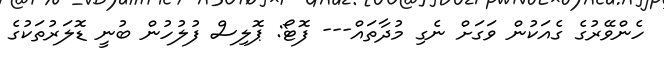
ހެންވޭރުގެ ގެއަކުން ވަގަށް ނެގި މުދާތައް--- ފޮޓޯ: ޕޮލިސް ފުލުހުން ބުނީ ޑޮލަރުތަކުގެ